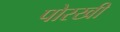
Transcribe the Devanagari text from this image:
पोरखी